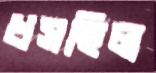
ধসছিল